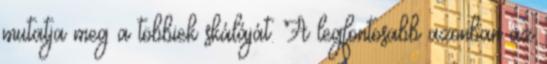
mutatja meg a többiek skáláját. A legfontosabb azonban az